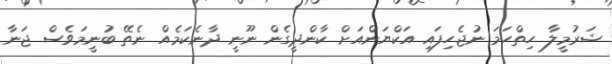
ޝަރުމީލާ ހިތްހަމަ ނުޖެހިފައި އަކްޔަންއަށް ކާންދީގެން ނޫނީ ދާނެކަމެއް ނެތޭ ބުނީމަވެސް ޖަނާ